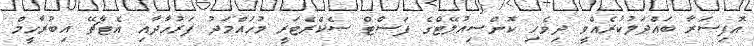
އޮފިސަރާ ބައްދަލުކުރެއްވީ ދިވެހި ކޮންސިއުލޭޓްގެ ފަސްޓް ސެކްރެޓަރީ މުހައްމަދު ފަރުހާދާއި އެޓާޗޭ އިބުރާހީމް